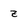
Character: z